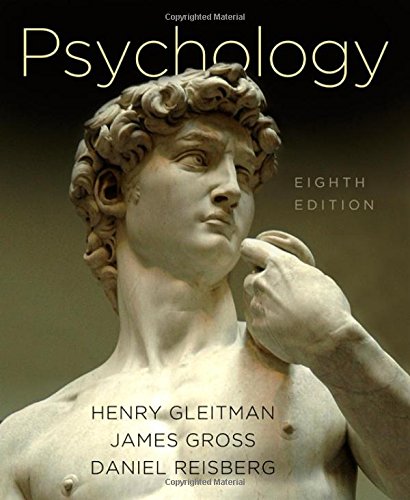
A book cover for Psychology, 8th Edition; Henry Gleitman; Medical Books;